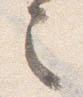
之